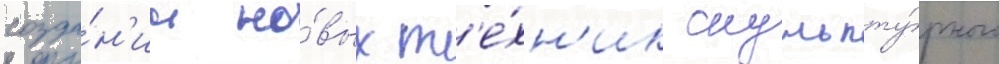
созда́н'ии но́вых т'е́хн'ик скульпту́рного